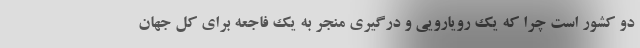
دو کشور است چرا که یک رویارویی و درگیری منجر به یک فاجعه برای کل جهان